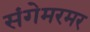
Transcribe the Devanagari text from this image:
संगेमरमर